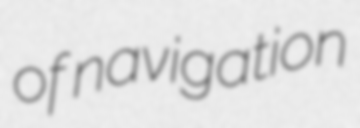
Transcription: of navigation